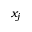
x _ { j }